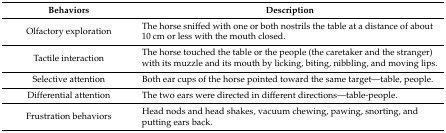
| Behaviors | Description |
 | --- | --- |
 | Olfactory exploration | The horse sniffed with one or both nostrils the table at a distance of about 10 cm or less with the mouth closed. |
 | Tactile interaction | The horse touched the table or the people (the caretaker and the stranger) with its muzzle and its mouth by licking, biting, nibbling, and moving lips. |
 | Selective attention | Both ear cups of the horse pointed toward the same target—table, people. |
 | Differential attention | The two ears were directed in different directions—table-people. |
 | Frustration behaviors | Head nods and head shakes, vacuum chewing, pawing, snorting, and putting ears back. |